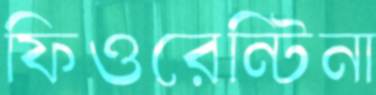
ফিওরেন্টিনা